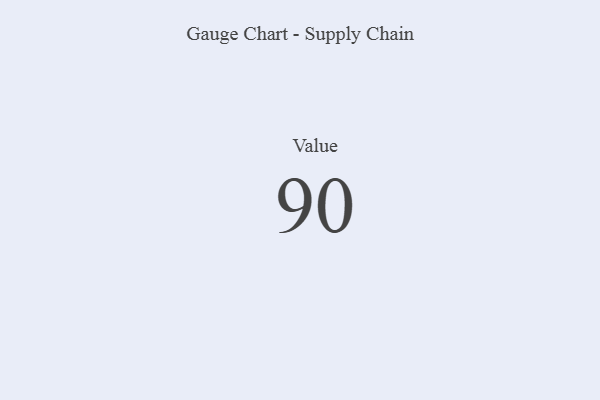
{"axis": {"x": "Metric", "y": "Value"}, "legend": [""], "data": [{"x": "Value", "y": 90, "type": ""}]}